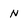
Character: N